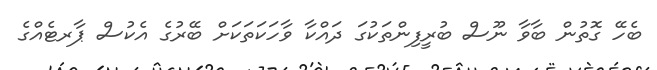
ބެހޭ ގޮތުން ބާވާ ނޫސް ބުރީފިންތަކުގަ ދައްކާ ވާހަކަތަކަށް ބޭރުގެ އެކުސް ޕާރޓެއްގެ